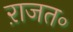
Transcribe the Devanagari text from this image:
ऱाजत॰